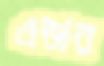
এল্ডার